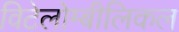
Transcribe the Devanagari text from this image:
विटेलोम्बीलिकल